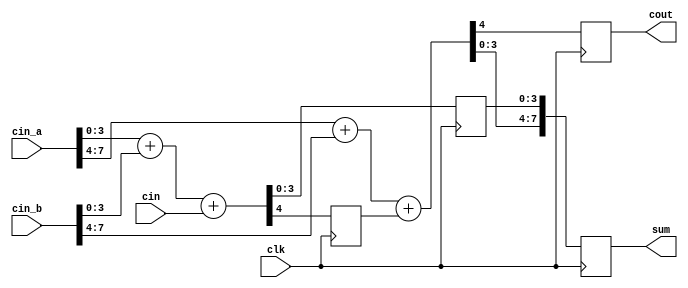
module adder_4bits_2steps(cin_a, cin_b, cin, clk, cout, sum);
    input [7:0] cin_a;
    input [7:0] cin_b;
    input cin;
    input clk;
    output cout;
    output [7:0] sum;
	 
	 reg cout;
	 reg cout_temp;
	 reg [7:0] sum;
	 reg [3:0] sum_temp;
	 
	 always @(posedge clk) begin
		{cout_temp,sum_temp} = cin_a[3:0] + cin_b[3:0] + cin;
	 end
	 
	 always @(posedge clk) begin
		{cout,sum} = {{1'b0,cin_a[7:4]} + {1'b0,cin_b[7:4]} + cout_temp, sum_temp};
	 end
endmodule